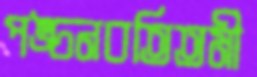
পঙ্চনবতিতমী